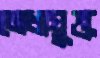
মেধাযুক্ত